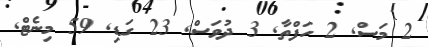
2 މަސް